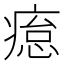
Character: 𤸊